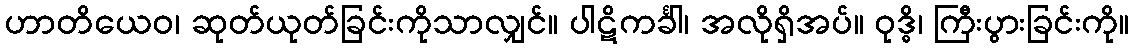
ဟာတိယေဝ၊ ဆုတ်ယုတ်ခြင်းကိုသာလျှင်။ ပါဋိကင်္ခါ၊ အလိုရှိအပ်။ ဝုဒ္ဓိ၊ ကြီးပွားခြင်းကို။